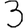
Digit: 3